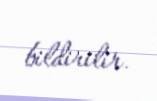
bildirilir.